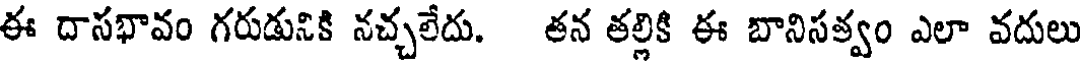
ఈ దాసభావం గరుడునికి నచ్చలేదు. తన తల్లికి ఈ బానిసత్వం ఎలా వదులు